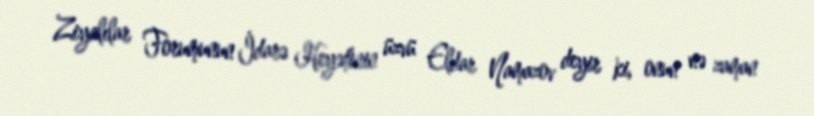
Ziyalılar Forumunun İdarə Heyətinin üzvü Eldar Namazov deyir ki, onun nə zaman